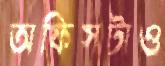
অফিসটাও